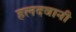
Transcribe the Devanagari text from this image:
हलदवानी